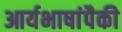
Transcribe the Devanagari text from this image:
आर्यभाषांपैकी